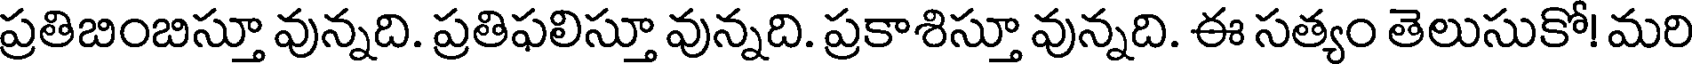
ప్రతిబింబిస్తూ వున్నది. ప్రతిఫలిస్తూ వున్నది. ప్రకాశిస్తూ వున్నది. ఈ సత్యం తెలుసుకో! మరి